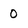
Character: 0